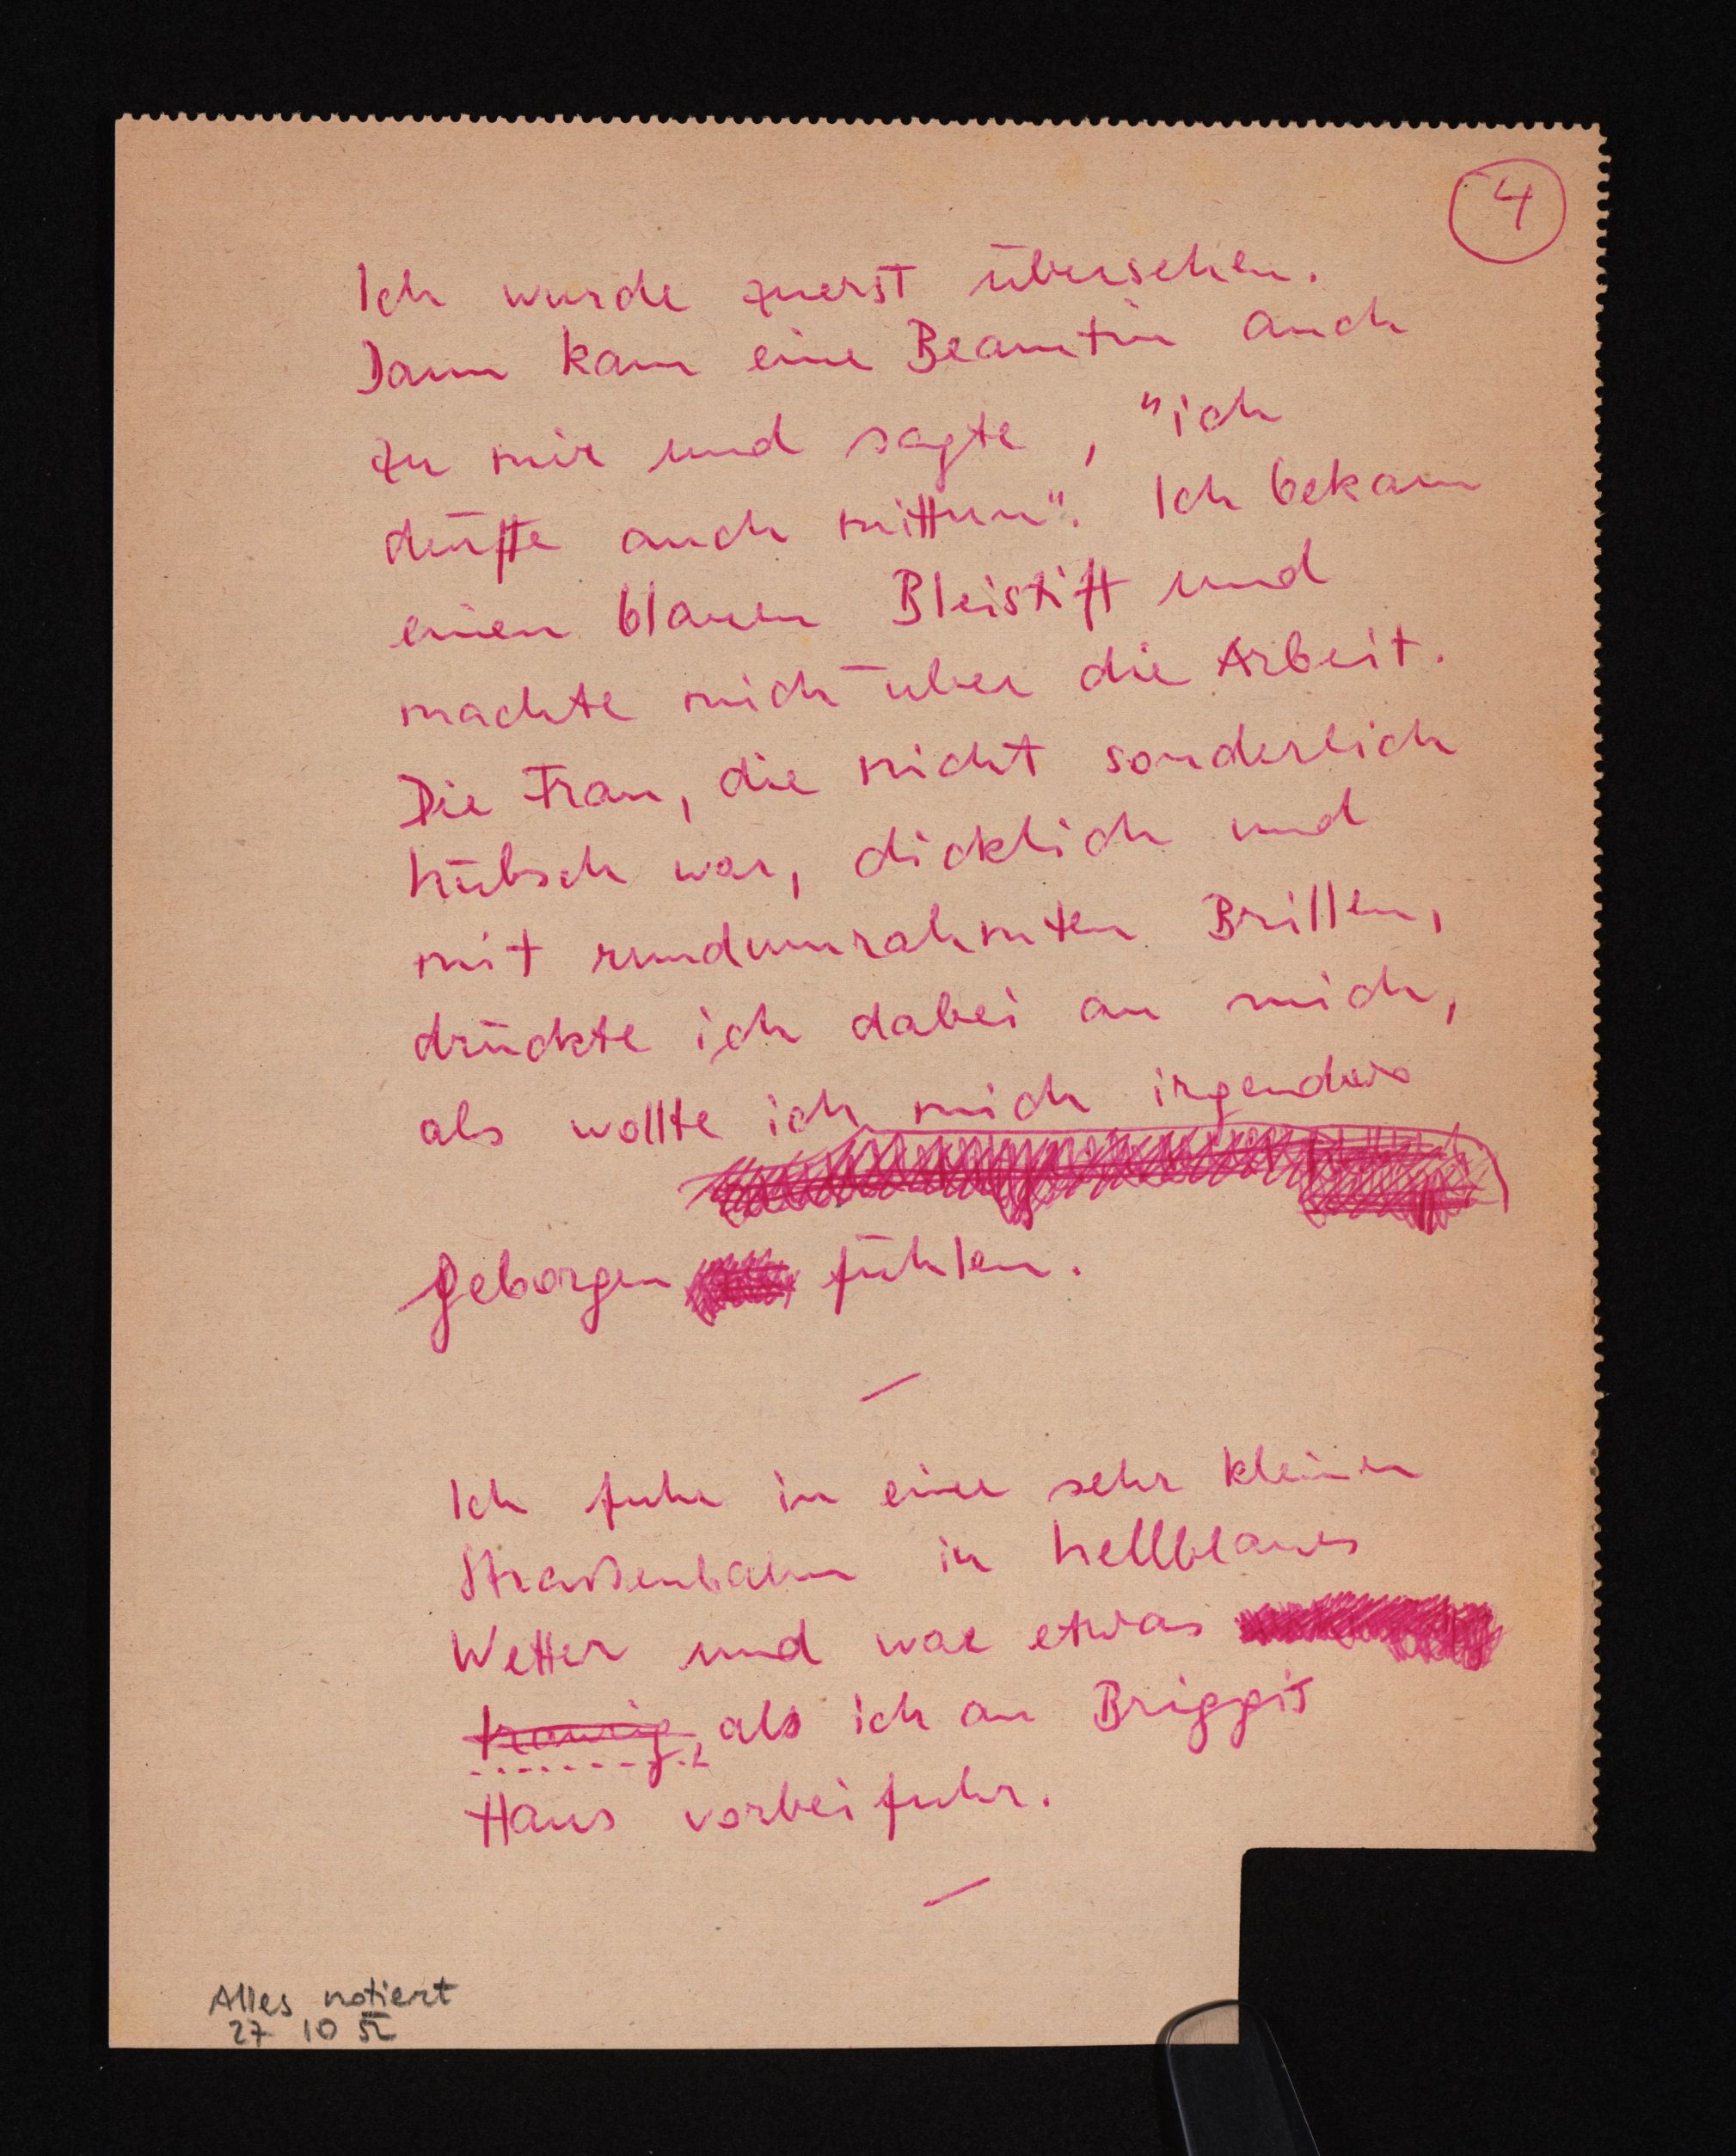
4
Ich wurde zuerst übersehen.
Dann kam eine Beamtin auch
zu mir und sagte, "ich
dürfte auch mittun". Ich bekam
einen blauen Bleistift und
machte mich über die Arbeit.
Die Frau, die nicht sonderlich
hübsch war, dicklich und
mit rundumrahmten Brillen,
drückte ich dabei an mich,
als wollte ich  mich irgendwo
geborgen fühlen.
Ich fuhr in einer sehr kleinen
Straßenbahn in hellblaues
Wetter und war etwas
traurig, als ich an Briggis
Haus vorbeifuhr.
Alles notiert
27 10 52